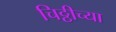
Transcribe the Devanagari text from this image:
चिठ्ठीच्या